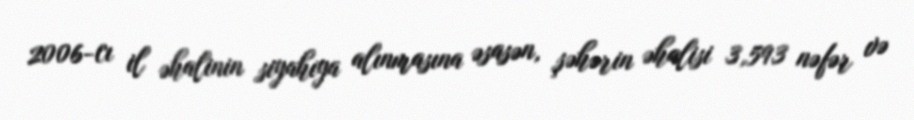
2006-cı il əhalinin siyahıya alınmasına əsasən, şəhərin əhalisi 3,593 nəfər və